Treatise on elephants
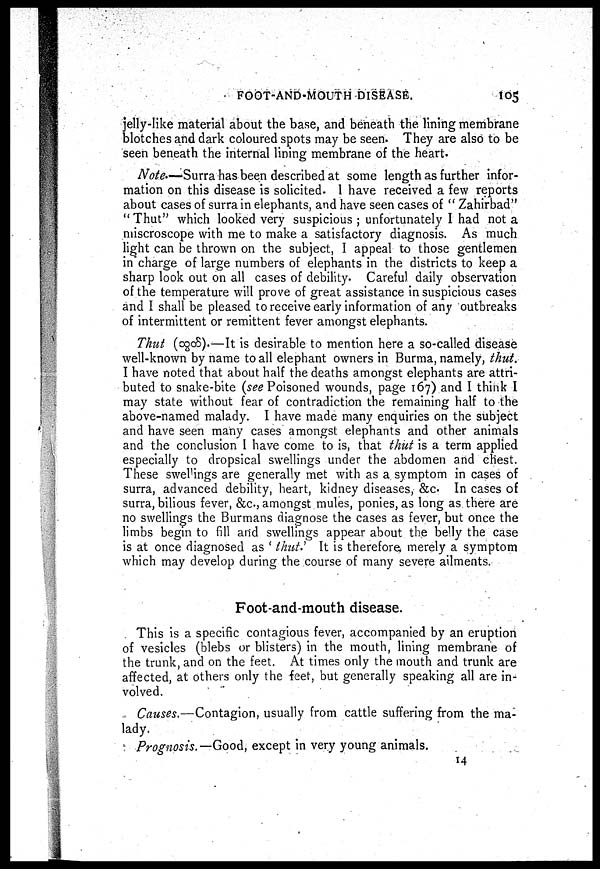
FOOT-AND-MOUTH DISEASE.
105
jelly-like material about the base, and beneath the lining membrane
blotches and dark coloured spots may be seen. They are also to be
seen beneath the internal lining membrane of the heart.
Note.—Surra has been described at some length as further infor-
mation on this disease is solicited. 1 have received a few reports
about cases of surra in elephants, and have seen cases of "Zahirbad"
"Thut" which looked very suspicious ; unfortunately I had not a
miscroscope with me to make a satisfactory diagnosis. As much
light can be thrown on the subject, I appeal to those gentlemen
in charge of large numbers of elephants in the districts to keep a
sharp look out on all cases of debility. Careful daily observation
of the temperature will prove of great assistance in suspicious cases
and I shall be pleased to receive early information of any outbreaks
of intermittent or remittent fever amongst elephants.
Thut (ogc8).—It is desirable to mention here a so-called disease
well-known by name to all elephant owners in Burma, namely, thut.
I have noted that about half the deaths amongst elephants are attri-
buted to snake-bite (see Poisoned wounds, page 167) and I think I
may state without fear of contradiction the remaining half to the
above-named malady. I have made many enquiries on the subject
and have seen many cases amongst elephants and other animals
and the conclusion I have come to is, that thut is a term applied
especially to dropsical swellings under the abdomen and chest.
These swellings are generally met with as a symptom in cases of
surra, advanced debility, heart, kidney diseases, &c. In cases of
surra, bilious fever, &c., amongst mules, ponies, as long as there are
no swellings the Burmans diagnose the cases as fever, but once the
limbs begin to fill and swellings appear about the belly the case
is at once diagnosed as 'thut.' It is therefore merely a symptom
which may develop during the course of many severe ailments.
Foot-and-mouth disease.
This is a specific contagious fever, accompanied by an eruption
of vesicles (blebs or blisters) in the mouth, lining membrane of
the trunk, and on the feet. At times only the mouth and trunk are
affected, at others only the feet, but generally speaking all are in-
volved.
Causes.—Contagion, usually from cattle suffering from the ma-
lady.
Prognosis.— Good, except in very young animals.
14